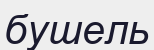
бушель